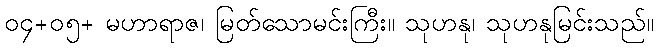
၀၄+၀၅+ မဟာရာဇ၊ မြတ်သောမင်းကြီး။ သုဟနု၊ သုဟနုမြင်းသည်။